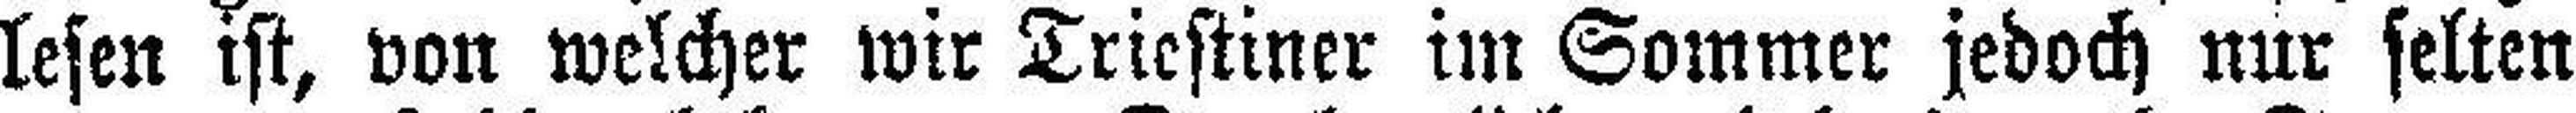
lesen ist, von welcher wir Triestiner im Sommer jedoch nur selten